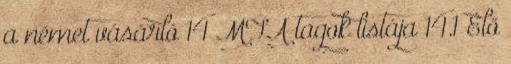
a német vásárló 14 MTA tagok listája 14.1 Élő